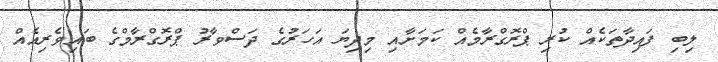
ލިބި ފައިދާތަކެއް ކުރި ޕްރޮގްރާމެއް ކަމަށާއި މިދިޔަ އަހަރުގެ ދަސްވާރު ޕްރޮގްރާމްގެ ބައިވެރިއެއް